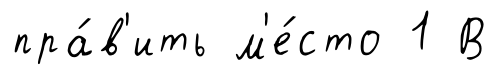
пра́в'ить м'е́сто 1 В